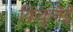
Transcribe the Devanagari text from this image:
किकुनेई